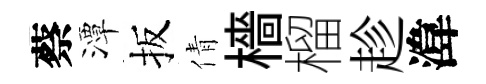
蔡潭扳倩檣榴趁湋